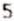
5